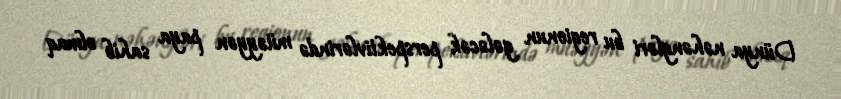
Dünya nəhəngləri bu regionun gələcək perspektivlərində müəyyən paya sahib olmaq